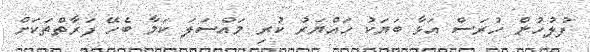
ފުލުހުން ހުރަސް އަޅާ ބަޔަކު ހައްޔަރު ކުރި މައްސަލަ ކަމާ ބެހޭ ފަރާތްތަކަށް